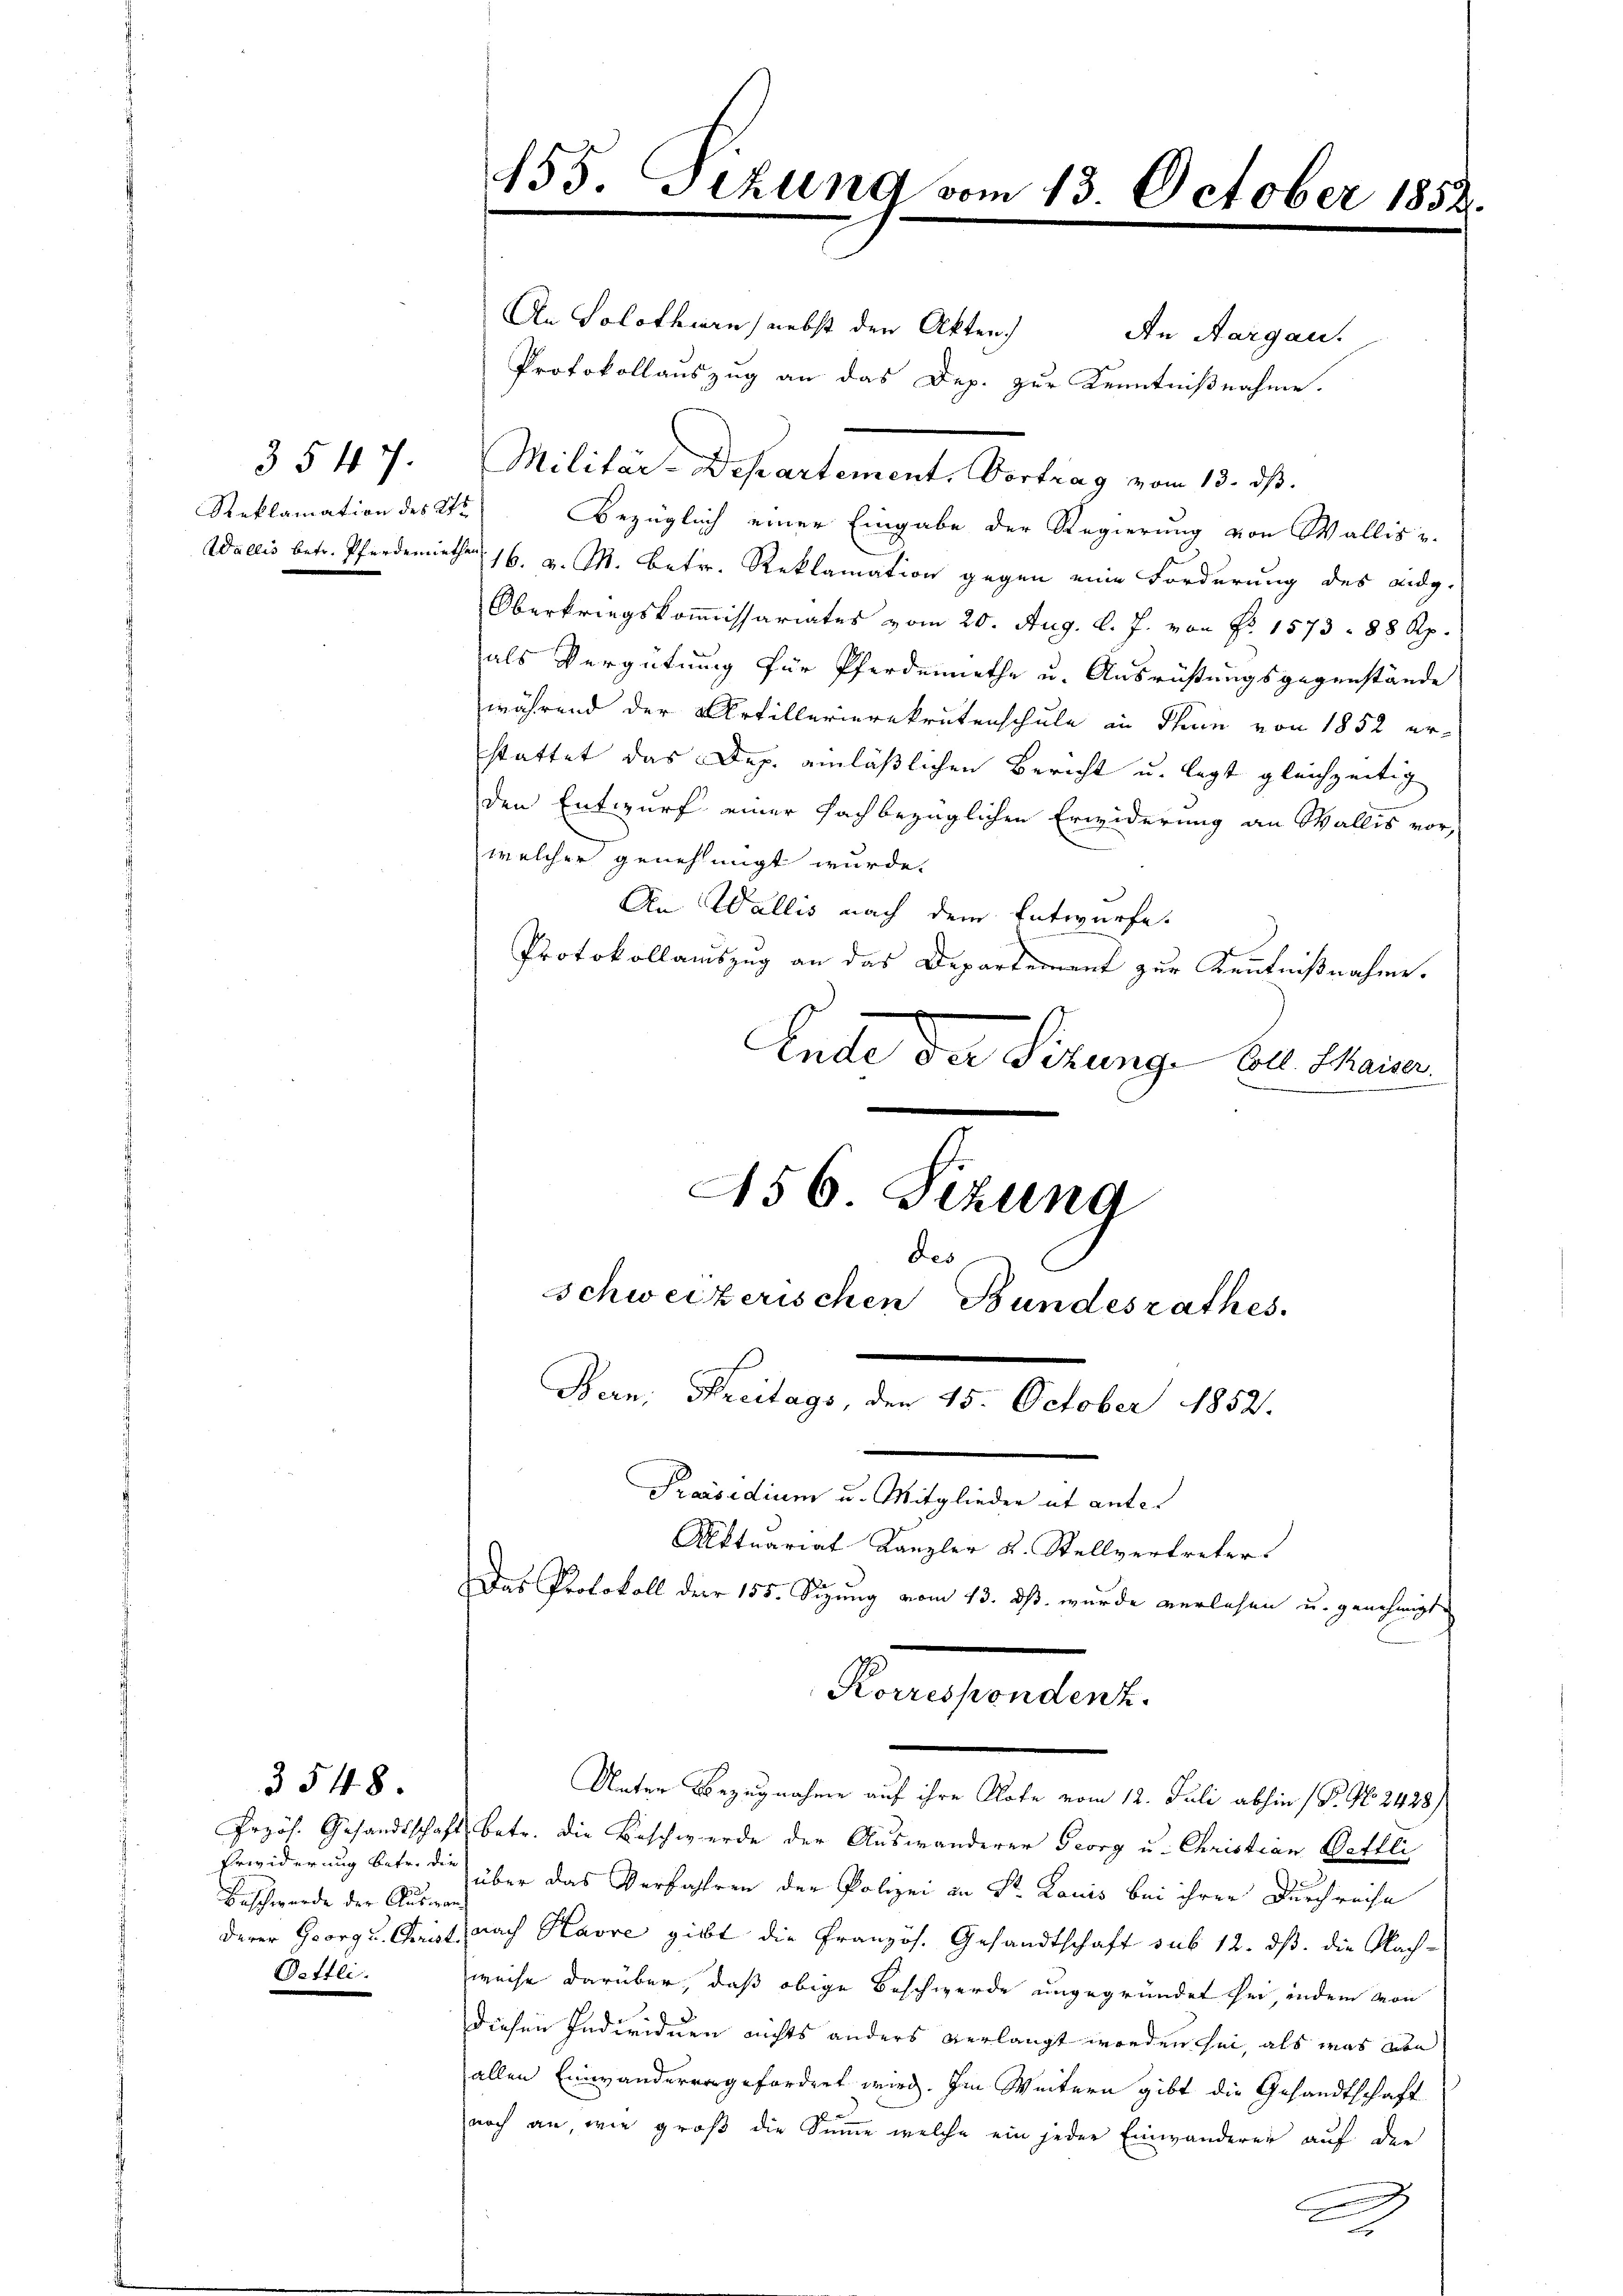
Reklamation des Str

3547.

3548.

Przös. Gesandtschaft
Erwiderung betr. die
Beschwerde der Ausmann
derer Georg u. Christ.
Oettli.

155. Titung vom 13. October 1852

An Solothurn, nebst den Akten.
An Aargau.
Protokollauszug an das Dep. zur Kenntnißnahme.
Bezüglich einer Eingabe der Regierung von Wallis u.
Wallis betr. Pferdemiethen 16. v. M. betr. Reklamation gegen eine Forderung des eidg.
Oberkriegskoṁissariates vom 20. Aug. l. J. von Nr. 1573. 88 Rp.
als Vergütung für Pferdenrathe u. Ausrüstungsgegenstände
während der Artillerierekrutenschule an Pharin von 1852 erstattet das Dep. einläßlichen Bericht u. legt gleichzeitig
den Entwurf einer fachbezüglichen Erwiderung an Wallis vor,
welcher genehmigt wurde.
An Wallis nach dem Entwurfe.
Protokollauszug an das Departement zur Kenntnißnahme.
Ende der Sitzunge voll Manne

Militär-Departement. Vortrag vom 13. dβ.

456 Sizung
Bern, Breitags, den 15. October 1852.
.
Praesidium u. Mitglieder et ante¬
Alttuariat Kanzler K. Stellvertreter
Das Protokoll der 155. Sizung vom 13. dß wurde verlesen u. genehmigt

betr. die Beschwerde der Auswanderer Georg u. Christian Bettli
über das Verfahren der Polizei an Sr. Louis bei ihrer Durchreise
nach Havre gibt die Französ. Gesandtschaft sub 12. ds. die Nach-
weise darüber, daß obige Beschwerde ungegründet her, indem von
diesen Individuen nichts anders verlangt worden sei, als was von
allen Einwandervorgefordert wird. Im Weitern gibt die Gesandtschaft
noch an, wie groß die Summe welche ein jeder Einwanderer auf der
.
d

des
schweizerischen Bundesrathes.

Korrespondenz.
Unter Bezugnahme auf ihre Klote vom 12. Juli abhin (P. No 2428/